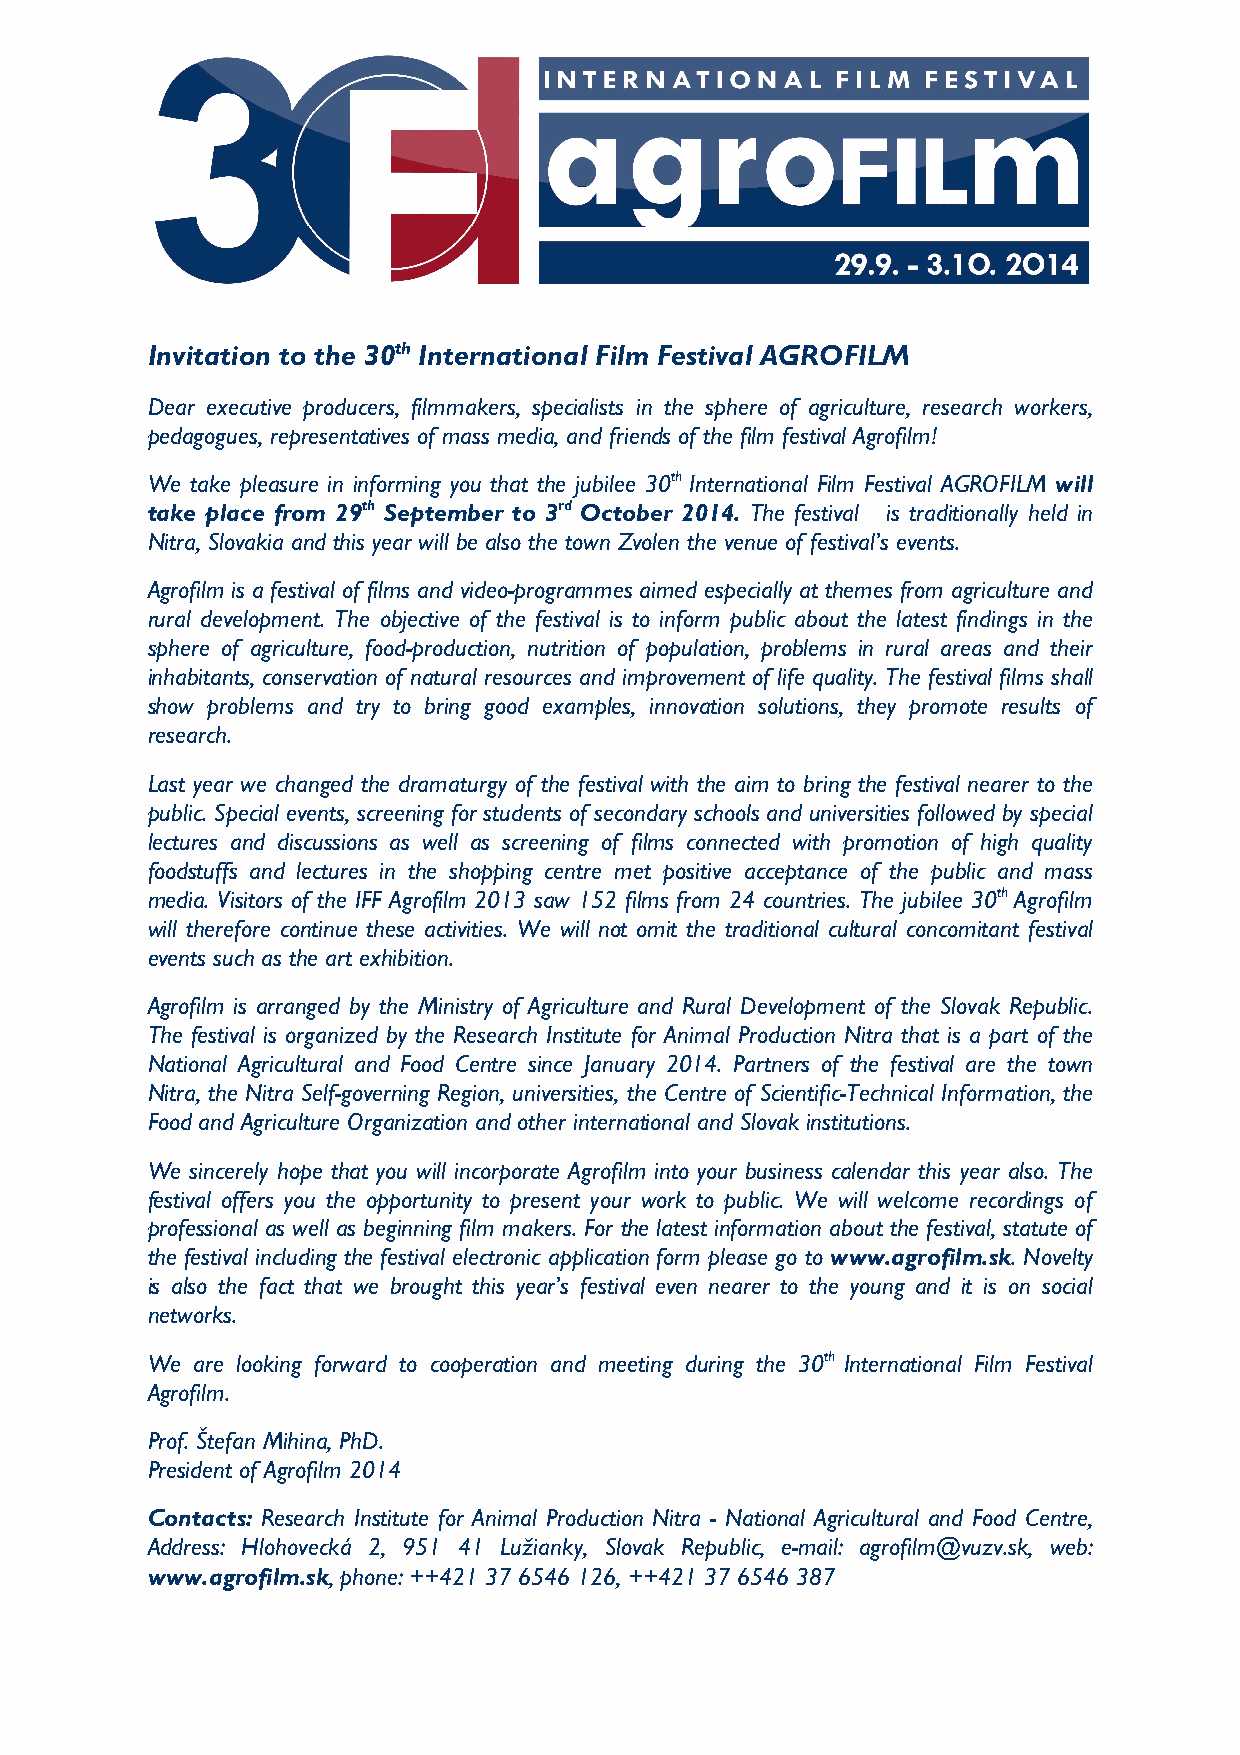
Invitation to the 30th International Film Festival AGROFILM
 Dear executive producers, filmmakers, specialists in the sphere of agriculture, research workers,
 pedagogues, representatives of mass media, and friends of the film festival Agrofilm!
 We take pleasure in informing you that the jubilee 30th International Film Festival AGROFILM will
 take place from 29th September to 3rd October 2014. The festival is traditionally held in
 Nitra, Slovakia and this year will be also the town Zvolen the venue of festival’s events.
 Agrofilm is a festival of films and video-programmes aimed especially at themes from agriculture and
 rural development. The objective of the festival is to inform public about the latest findings in the
 sphere of agriculture, food-production, nutrition of population, problems in rural areas and their
 inhabitants, conservation of natural resources and improvement of life quality. The festival films shall
 show problems and try to bring good examples, innovation solutions, they promote results of
 research.
 Last year we changed the dramaturgy of the festival with the aim to bring the festival nearer to the
 public. Special events, screening for students of secondary schools and universities followed by special
 lectures and discussions as well as screening of films connected with promotion of high quality
 foodstuffs and lectures in the shopping centre met positive acceptance of the public and mass
 media. Visitors of the IFF Agrofilm 2013 saw 152 films from 24 countries. The jubilee 30th Agrofilm
 will therefore continue these activities. We will not omit the traditional cultural concomitant festival
 events such as the art exhibition.
 Agrofilm is arranged by the Ministry of Agriculture and Rural Development of the Slovak Republic.
 The festival is organized by the Research Institute for Animal Production Nitra that is a part of the
 National Agricultural and Food Centre since January 2014. Partners of the festival are the town
 Nitra, the Nitra Self-governing Region, universities, the Centre of Scientific-Technical Information, the
 Food and Agriculture Organization and other international and Slovak institutions.
 We sincerely hope that you will incorporate Agrofilm into your business calendar this year also. The
 festival offers you the opportunity to present your work to public. We will welcome recordings of
 professional as well as beginning film makers. For the latest information about the festival, statute of
 the festival including the festival electronic application form please go to www.agrofilm.sk. Novelty
 is also the fact that we brought this year’s festival even nearer to the young and it is on social
 networks.
 We are looking forward to cooperation and meeting during the 30th International Film Festival
 Agrofilm.
 Prof. Štefan Mihina, PhD.
 President of Agrofilm 2014
 Contacts: Research Institute for Animal Production Nitra - National Agricultural and Food Centre,
 Address: Hlohovecká 2, 951 41 Lužianky, Slovak Republic, e-mail: agrofilm@vuzv.sk, web:
 www.agrofilm.sk, phone: ++421 37 6546 126, ++421 37 6546 387